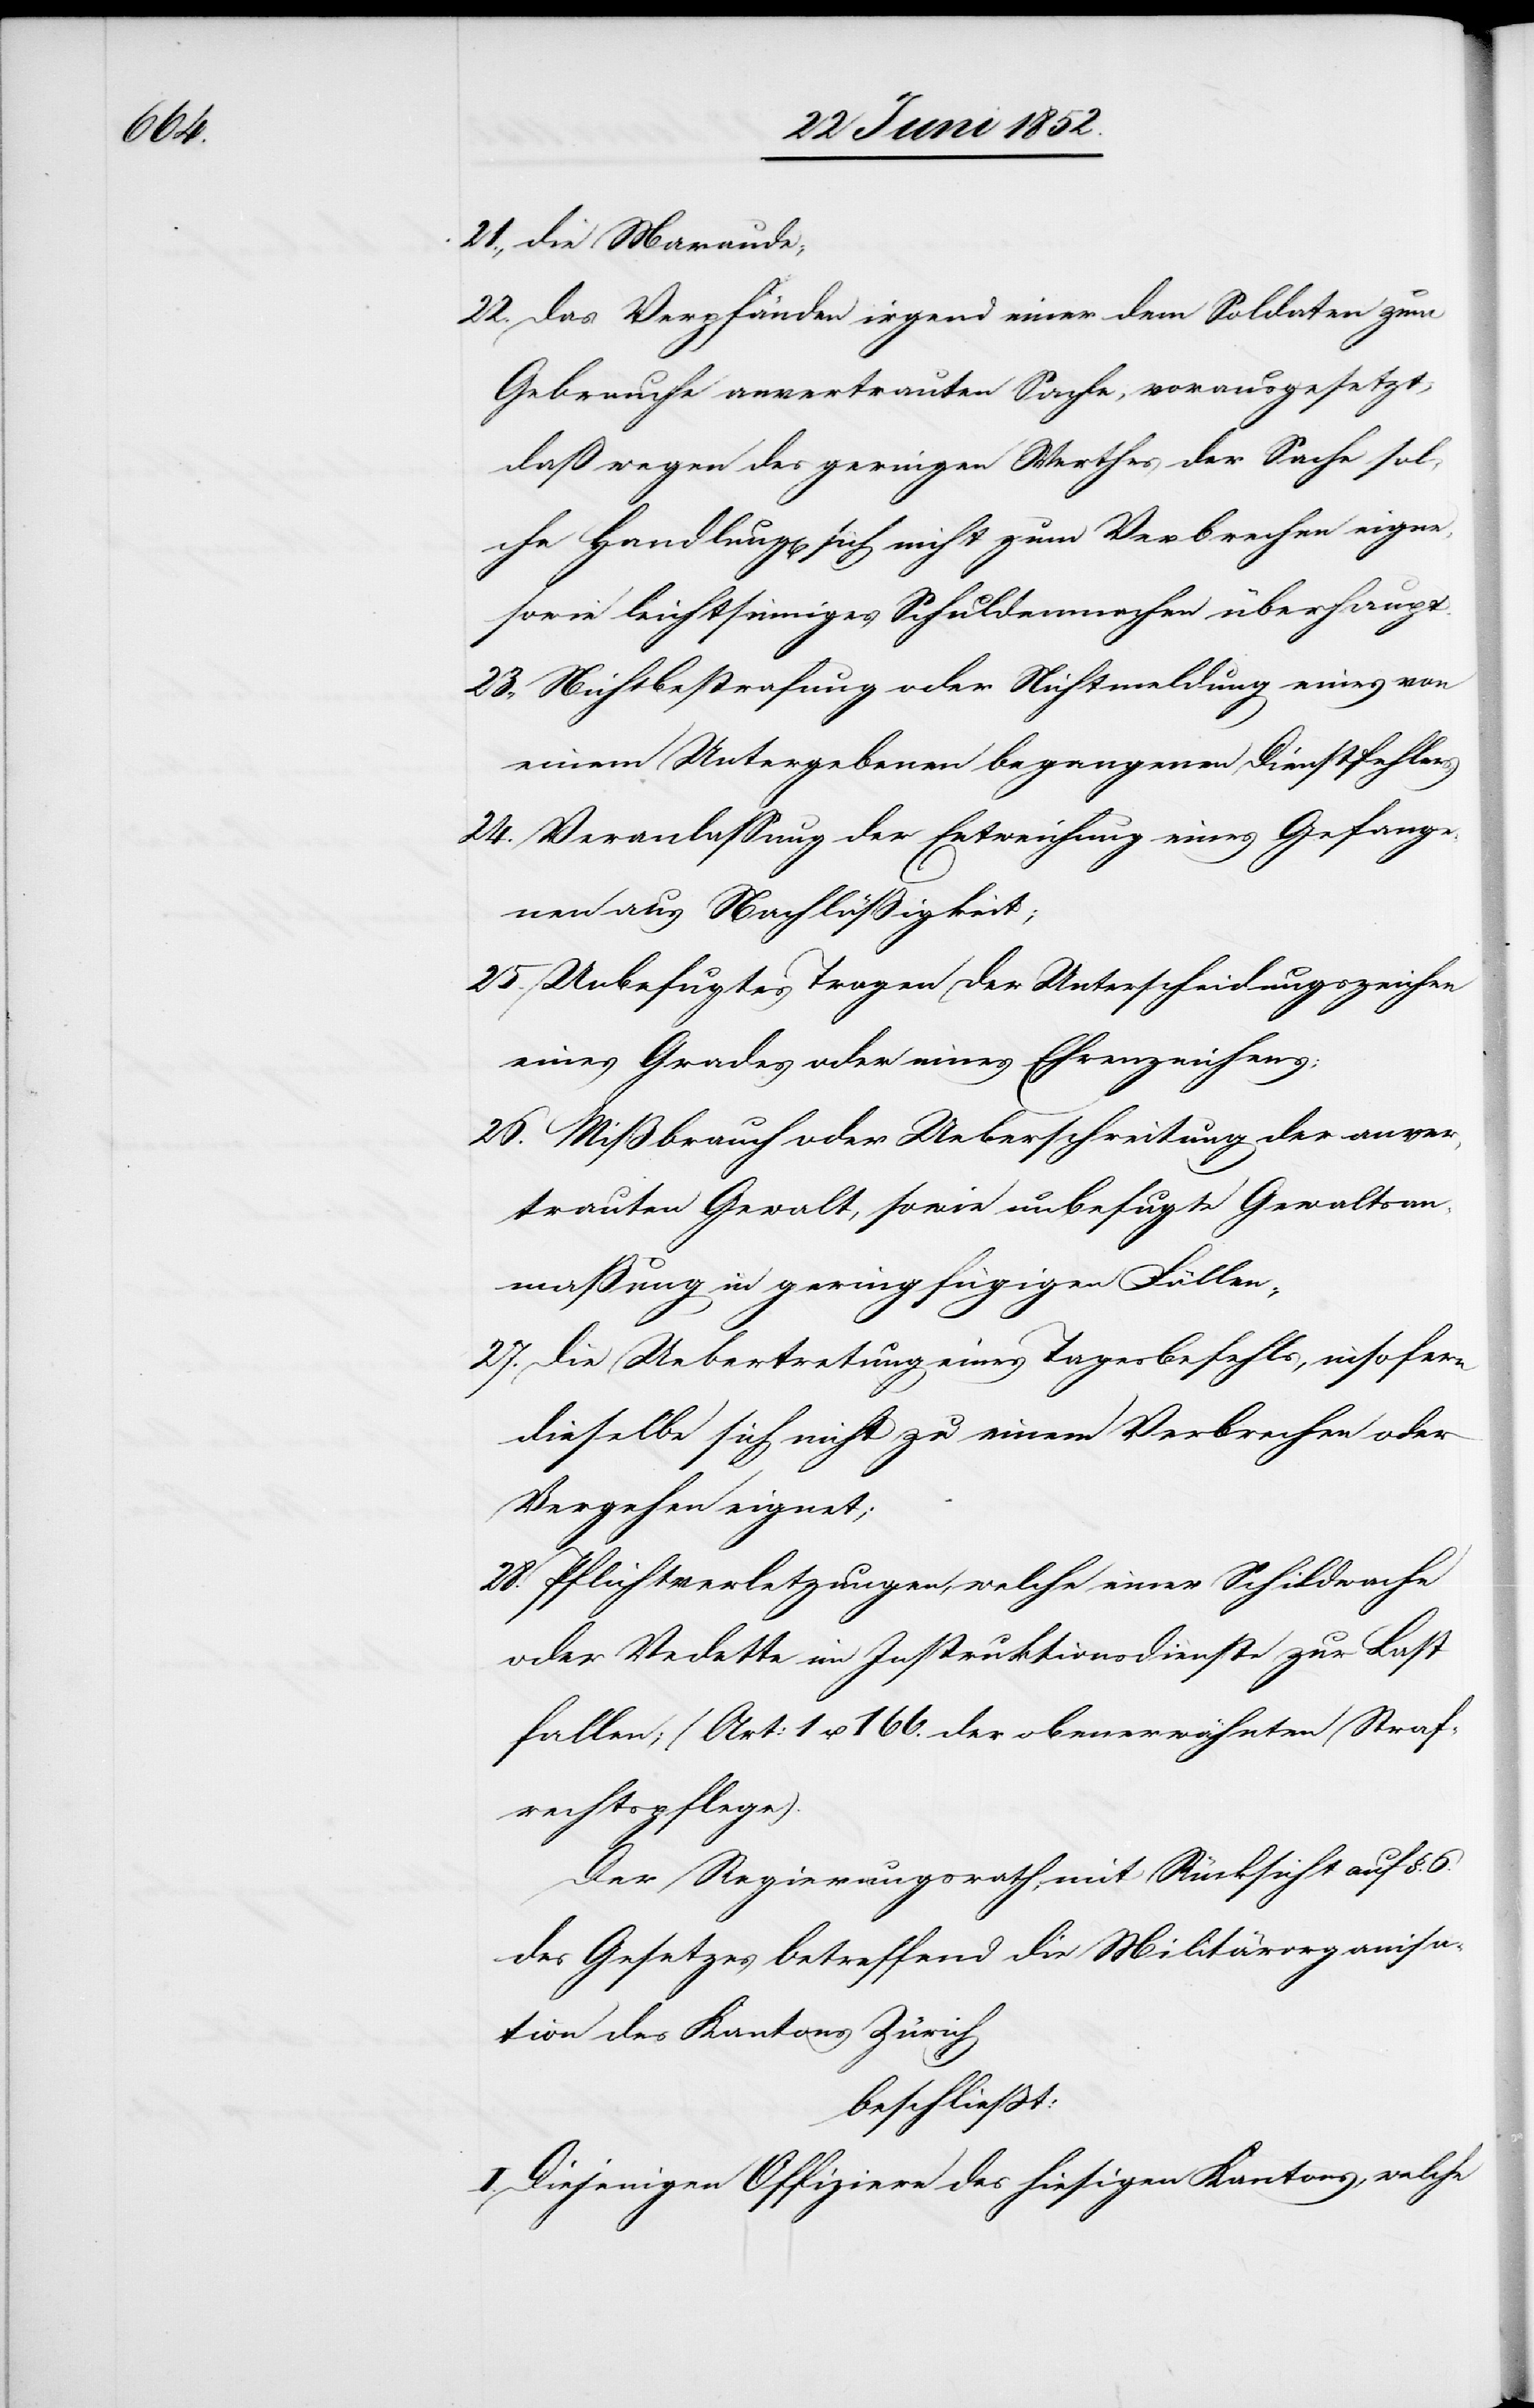
die

das Verpfänden irgend einer dem Soldaten zum
Gebrauche anvertrauten Sache, vorausgesetzt,
daß wegen des geringen Werthes der Sache sol¬
che Handlung[en] sich nicht zum Verbrechen eigne[n],
sowie leichtsinniges Schuldenmachen überhaupt.
Nichtbestrafung oder Nichtmeldung eines von
einem Untergebenen begangenen Dienstfehlers.
Veranlassung der Entweichung eines Gefange¬
nen aus Nachläßigkeit;
Unbefugtes Tragen der Unterscheidungszeichen
eines Grades oder eines Ehrenzeichens;
Mißbrauch oder Ueberschreitung der anver¬
trauten Gewalt, sowie unbefugte Gewaltsan¬
maßung in geringfügigen Fällen;
Die Uebertretung eines Tagesbefehls, insofern
dieselbe sich nicht zu einem Verbrechen oder
Vergehen eignet;
Pflichtverletzungen, welche einer Schildwache
oder Vedette im Instruktionsdienste zur Last
fallen; (Art: 1 u. 166. der obenerwähnten Straf¬
rechtspflege).
Der Regierungsrath, mit Rücksicht auf §.
des Gesetzes betreffend die Militärorganisa¬
tion des Kantons Zürich
beschließt:
I. Diejenigen Offiziere des hiesigen Kantons, welche